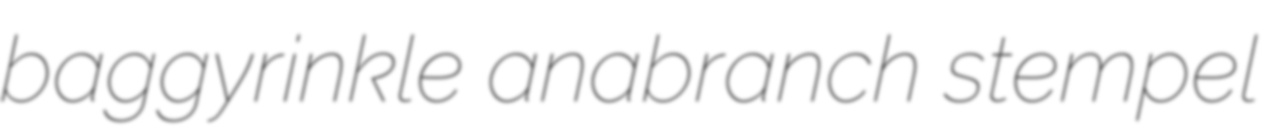
baggyrinkle anabranch stempel